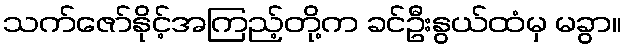
သက်ဇော်နိုင့်အကြည့်တို့က ခင်ဦးနွယ်ထံမှ မခွာ။